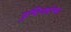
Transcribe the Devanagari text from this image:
पुष्टिवर्धन्म।